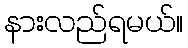
နားလည်ရမယ်။